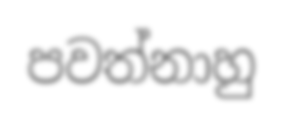
පවත්නාහු